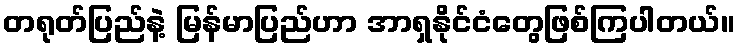
တရုတ်ပြည်နဲ့ မြန်မာပြည်ဟာ အာရှနိုင်ငံတွေဖြစ်ကြပါတယ်။